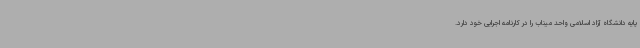
پایه دانشگاه آزاد اسلامی واحد میناب را در کارنامه اجرایی خود دارد.